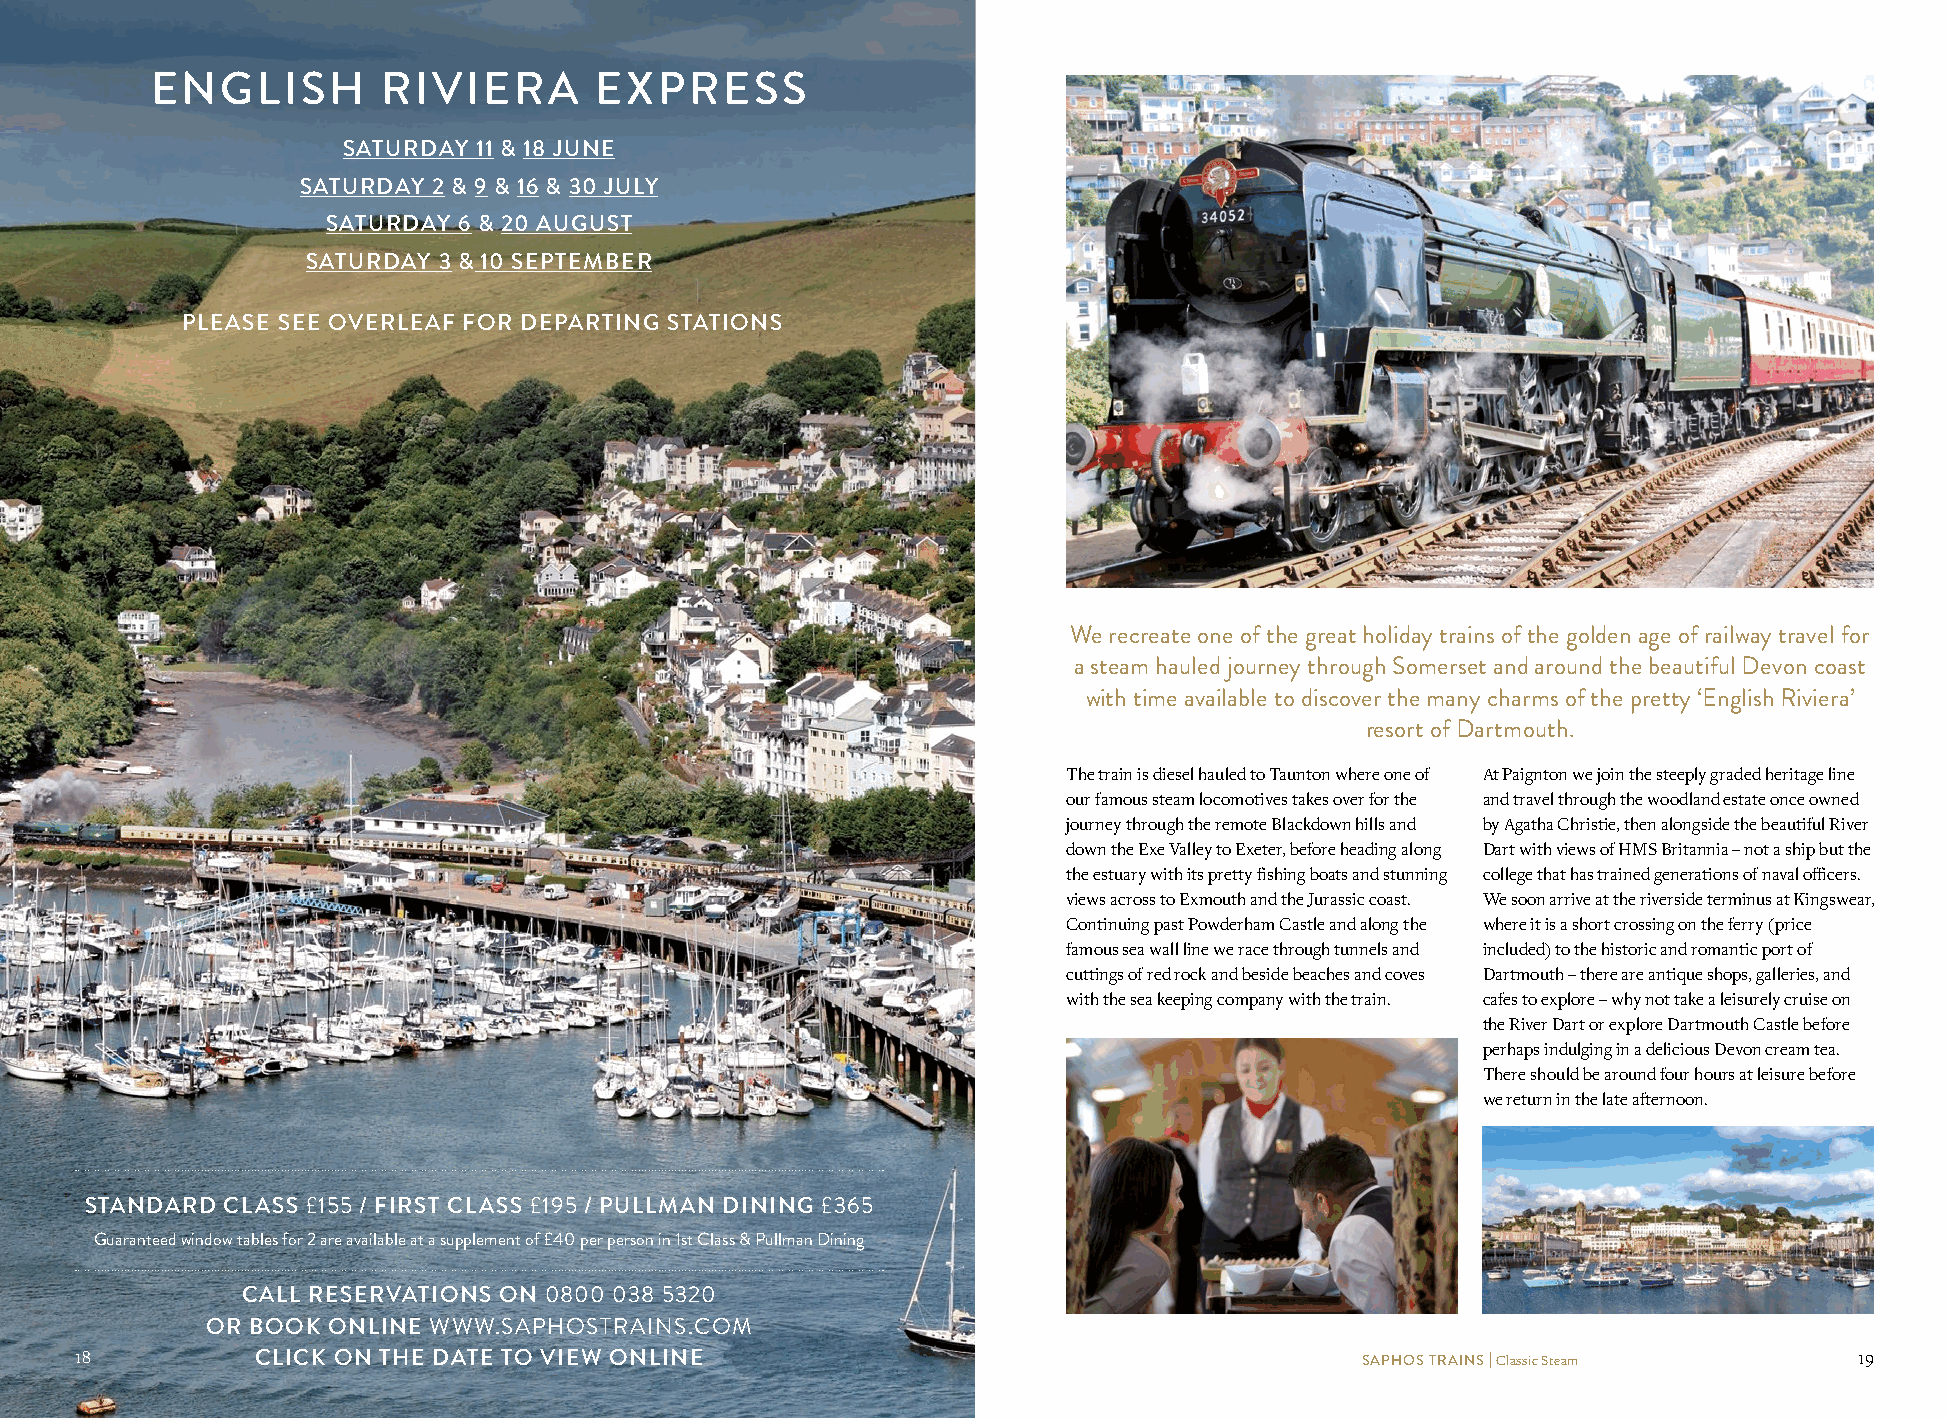
ENGLISH        RIVIERA       EXPRESS
 SATURDAY 11 & 18 JUNE
 SATURDAY 2 & 9 & 16 & 30 JULY
 SATURDAY 6 & 20 AUGUST
 SATURDAY 3 & 10 SEPTEMBER
 PLEASE SEE OVERLEAF FOR DEPARTING STATIONS
 We recreate one of the great holiday trains of the golden age of railway travel for
 a steam hauled journey through Somerset and around the beautiful Devon coast
 with time available to discover the many charms of the pretty ‘English Riviera’
 resort of Dartmouth.
 The train is diesel hauled to Taunton where one of At Paignton we join the steeply graded heritage line
 our famous steam locomotives takes over for the and travel through the woodland estate once owned
 journey through the remote Blackdown hills and by Agatha Christie, then alongside the beautiful River
 down the Exe Valley to Exeter, before heading along Dart with views of HMS Britannia – not a ship but the
 the estuary with its pretty fishing boats and stunning college that has trained generations of naval officers.
 views across to Exmouth and the Jurassic coast. We soon arrive at the riverside terminus at Kingswear,
 Continuing past Powderham Castle and along the where it is a short crossing on the ferry (price
 famous sea wall line we race through tunnels and included) to the historic and romantic port of
 cuttings of red rock and beside beaches and coves Dartmouth – there are antique shops, galleries, and
 with the sea keeping company with the train. cafes to explore – why not take a leisurely cruise on
 the River Dart or explore Dartmouth Castle before
 perhaps indulging in a delicious Devon cream tea.
 There should be around four hours at leisure before
 we return in the late afternoon.
 STANDARD CLASS £155 / FIRST CLASS £195 / PULLMAN DINING £365
 Guaranteed window tables for 2 are available at a supplement of £40 per person in 1st Class & Pullman Dining
 CALL RESERVATIONS ON 0800 038 5320
 OR BOOK ONLINE WWW.SAPHOSTRAINS.COM
 1188        CLICK ON THE DATE TO VIEW ONLINE                                         SAPHOS TRAINS | Classic Steam    19